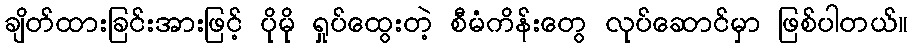
ချိတ်ထားခြင်းအားဖြင့် ပိုမို ရှုပ်ထွေးတဲ့ စီမံကိန်းတွေ လုပ်ဆောင်မှာ ဖြစ်ပါတယ်။